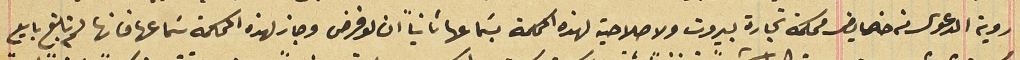
روية الدعوى من خصايض محكمة تجارة بيروت ولا صلاحية لهذه المحكمة بسَماعها ثانياً ان لو فرض وجاز لهذه المحكمة سَماعها فانها لم تبلغ بايع